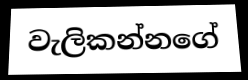
වැලිකන්නගේ